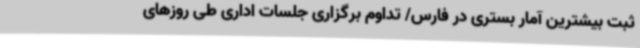
ثبت بیشترین آمار بستری در فارس/ تداوم برگزاری جلسات اداری طی روزهای